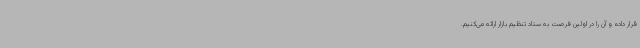
قرار داده و آن را در اولین فرصت به ستاد تنظیم بازار ارائه می‌کنیم.